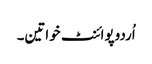
اُردوپوائنٹ خواتین۔